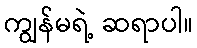
ကျွန်မရဲ့ ဆရာပါ။